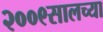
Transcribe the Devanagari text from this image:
२००९सालच्या